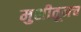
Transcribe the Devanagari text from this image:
मुशीतूनच